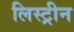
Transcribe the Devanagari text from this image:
लिस्ट्रीन